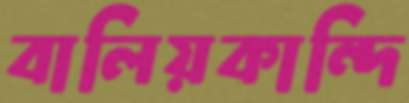
বালিয়কান্দি